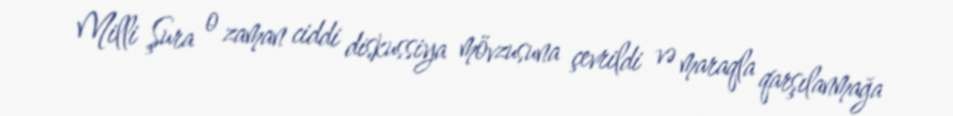
Milli Şura o zaman ciddi diskussiya mövzusuna çevrildi və maraqla qarşılanmağa